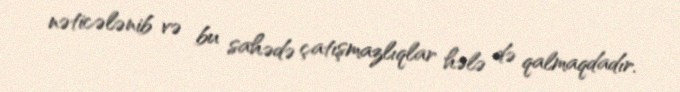
nəticələnib və bu sahədə çatışmazlıqlar hələ də qalmaqdadır.